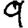
Digit: 9